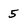
Character: 5